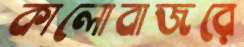
কালোবাজরে